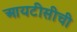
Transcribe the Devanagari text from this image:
आयटीसीची